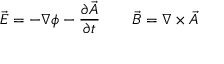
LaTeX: { \vec { E } } = - \nabla \phi - { \frac { \partial { \vec { A } } } { \partial t } } \qquad { \vec { B } } = \nabla \times { \vec { A } }